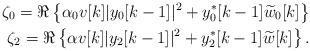
LaTeX: \begin{align*}\zeta_0= \Re \left\lbrace \alpha_0 v[k] |y_0[k-1]|^2+y_0^*[k-1]\widetilde{w}_0[k] \right\rbrace \\\zeta_2=\Re \left\lbrace \alpha v[k] |y_2[k-1]|^2+y_2^*[k-1]\widetilde{w}[k]\right\rbrace.\end{align*}